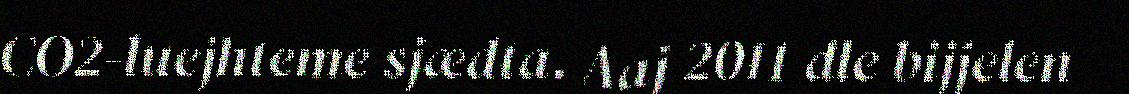
CO2-luejhteme sjædta. Aaj 2011 dle bijjelen